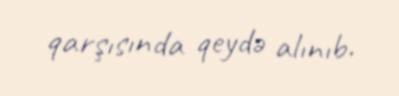
qarşısında qeydə alınıb.